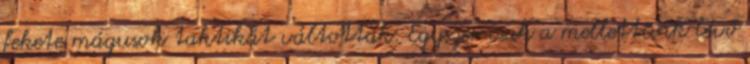
fekete mágusok taktikát váltottak. Egyszer csak a mellettünk lévő